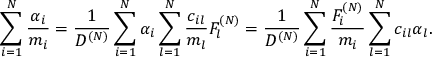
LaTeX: \sum _ { i = 1 } ^ { N } \frac { \alpha _ { i } } { m _ { i } } = \frac { 1 } { D ^ { ( N ) } } \sum _ { i = 1 } ^ { N } \alpha _ { i } \sum _ { l = 1 } ^ { N } \frac { c _ { i l } } { m _ { l } } F _ { l } ^ { ( N ) } = \frac { 1 } { D ^ { ( N ) } } \sum _ { i = 1 } ^ { N } \frac { F _ { i } ^ { ( N ) } } { m _ { i } } \sum _ { l = 1 } ^ { N } c _ { i l } \alpha _ { l } .